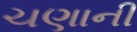
ચણાની